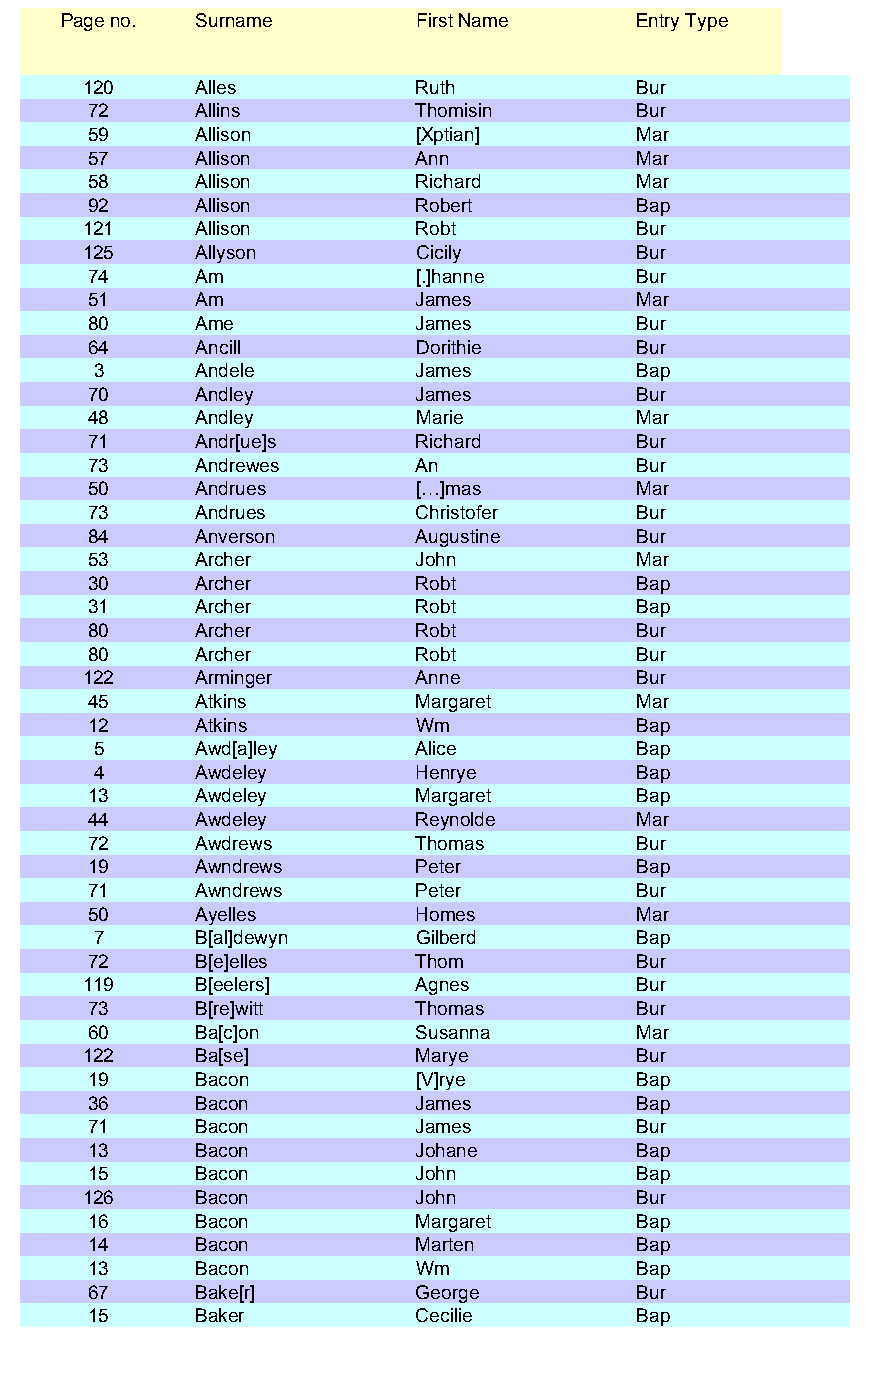
Page no. Surname        First Name    Entry Type
 120    Alles          Ruth          Bur
 72     Allins         Thomisin      Bur
 59     Allison        [Xptian]      Mar
 57     Allison        Ann           Mar
 58     Allison        Richard       Mar
 92     Allison        Robert        Bap
 121    Allison        Robt          Bur
 125    Allyson        Cicily        Bur
 74     Am             [.]hanne      Bur
 51     Am             James         Mar
 80     Ame            James         Bur
 64     Ancill         Dorithie      Bur
 3     Andele         James         Bap
 70     Andley         James         Bur
 48     Andley         Marie         Mar
 71     Andr[ue]s      Richard       Bur
 73     Andrewes       An            Bur
 50     Andrues        […]mas        Mar
 73     Andrues        Christofer    Bur
 84     Anverson       Augustine     Bur
 53     Archer         John          Mar
 30     Archer         Robt          Bap
 31     Archer         Robt          Bap
 80     Archer         Robt          Bur
 80     Archer         Robt          Bur
 122    Arminger       Anne          Bur
 45     Atkins         Margaret      Mar
 12     Atkins         Wm            Bap
 5     Awd[a]ley      Alice         Bap
 4     Awdeley        Henrye        Bap
 13     Awdeley        Margaret      Bap
 44     Awdeley        Reynolde      Mar
 72     Awdrews        Thomas        Bur
 19     Awndrews       Peter         Bap
 71     Awndrews       Peter         Bur
 50     Ayelles        Homes         Mar
 7     B[al]dewyn     Gilberd       Bap
 72     B[e]elles      Thom          Bur
 119    B[eelers]      Agnes         Bur
 73     B[re]witt      Thomas        Bur
 60     Ba[c]on        Susanna       Mar
 122    Ba[se]         Marye         Bur
 19     Bacon          [V]rye        Bap
 36     Bacon          James         Bap
 71     Bacon          James         Bur
 13     Bacon          Johane        Bap
 15     Bacon          John          Bap
 126    Bacon          John          Bur
 16     Bacon          Margaret      Bap
 14     Bacon          Marten        Bap
 13     Bacon          Wm            Bap
 67     Bake[r]        George        Bur
 15     Baker          Cecilie       Bap